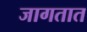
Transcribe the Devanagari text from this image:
जागतात